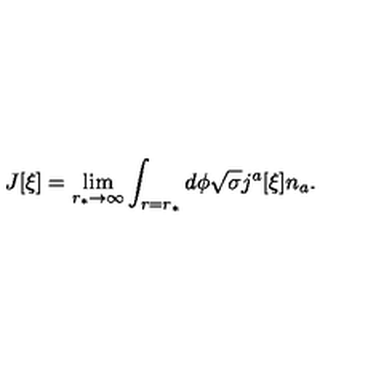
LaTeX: J [ \xi ] = \lim _ { r _ { \ast } \to \infty } \int _ { r = r _ { \ast } } d \phi \sqrt { \sigma } j ^ { a } [ \xi ] n _ { a } .